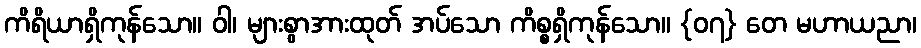
ကိရိယာရှိကုန်သော။ ဝါ၊ များစွာအားထုတ် အပ်သော ကိစ္စရှိကုန်သော။ {၀၇} တေ မဟာယညာ၊